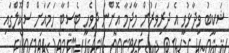
ޝަކީބު ވިދާޅުވީ އެ ދަރިވަރުން މާދަމާ އޮންނަ ދިވެހި ޓެސްޓާ ހަމައަށް ސްކޫލްގައި